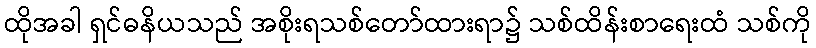
ထိုအခါ ရှင်ဓနိယသည် အစိုးရသစ်တော်ထားရာ၌ သစ်ထိန်းစာရေးထံ သစ်ကို